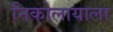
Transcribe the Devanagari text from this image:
निकोलायाला